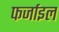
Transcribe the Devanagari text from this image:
फर्जाइल